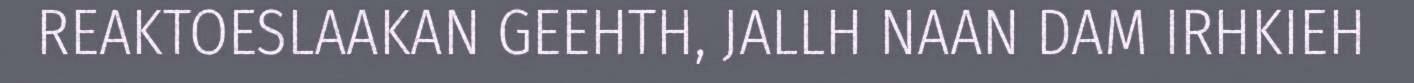
REAKTOESLAAKAN GEEHTH, JALLH NAAN DAM IRHKIEH